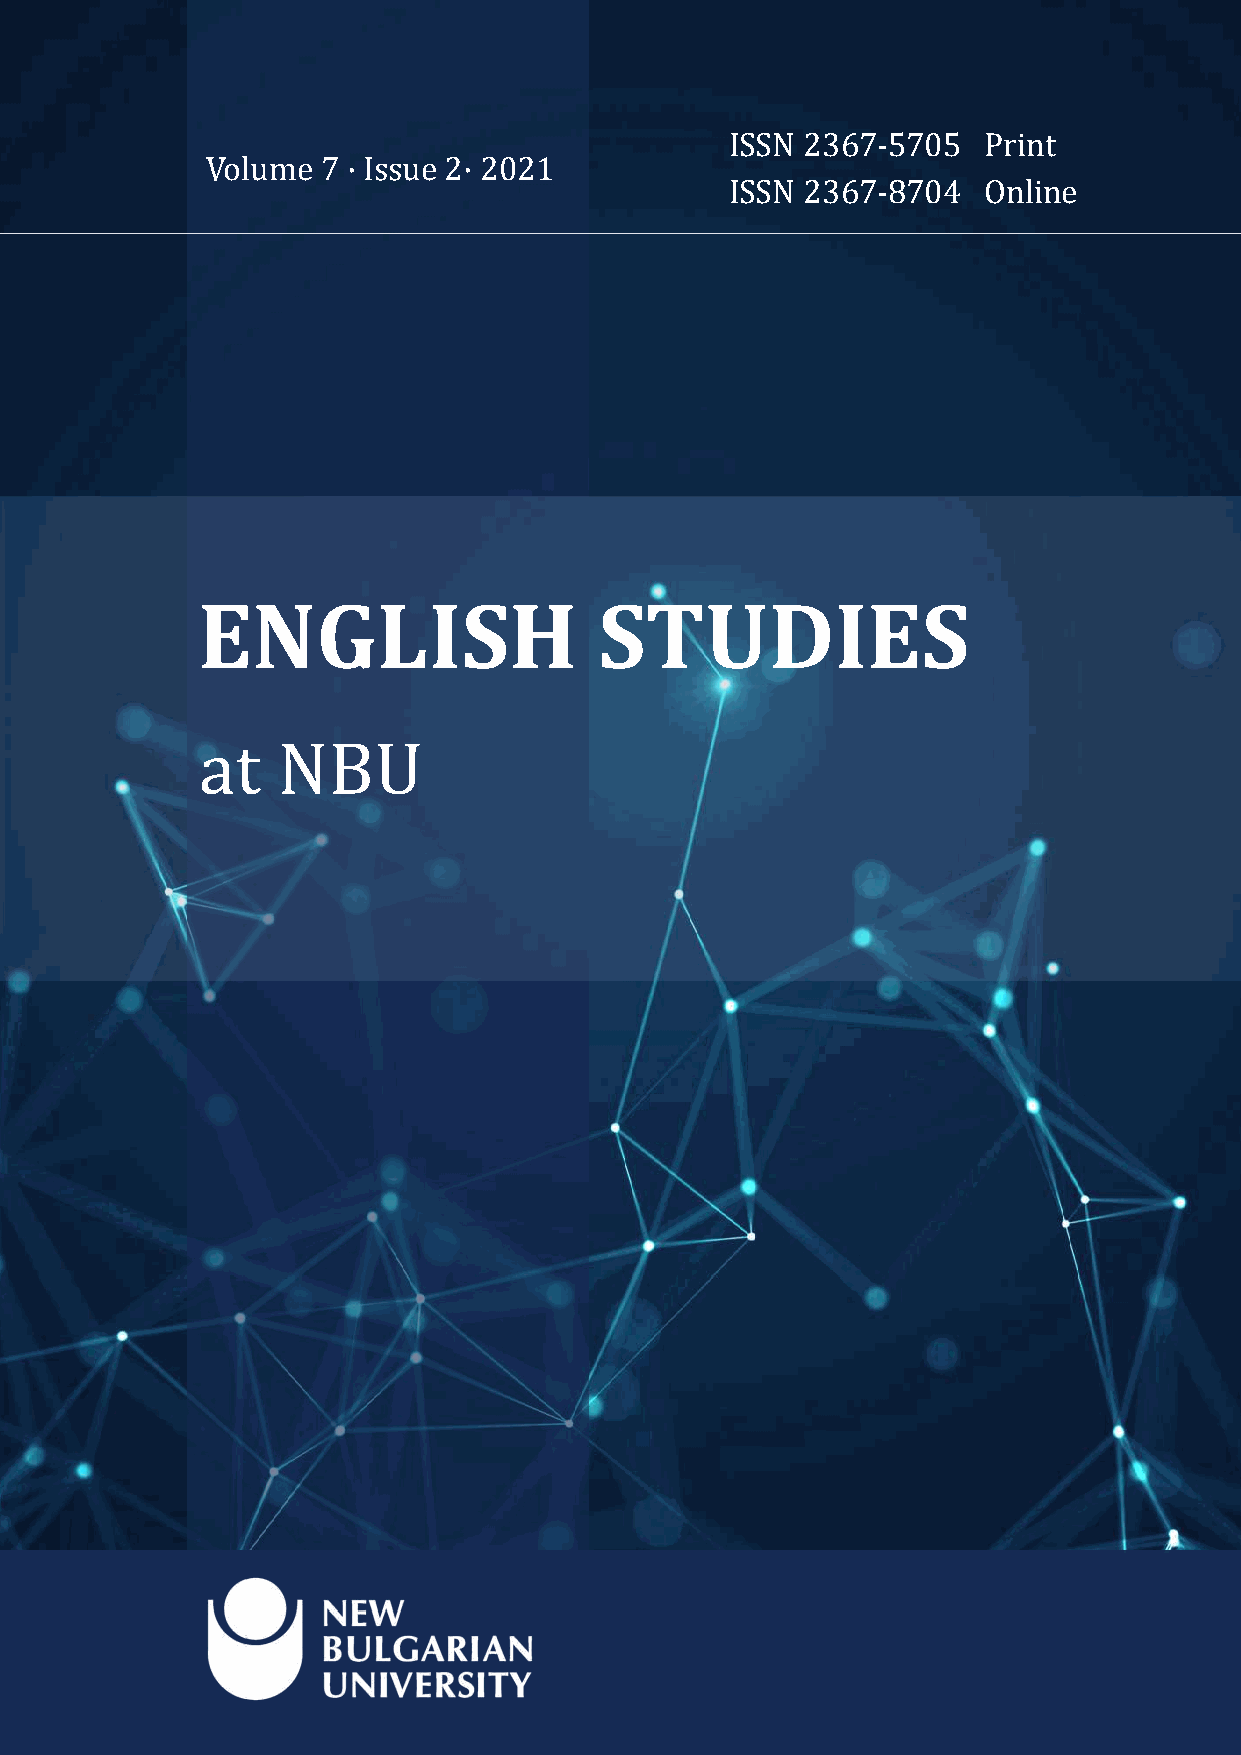
-
 -
 ISSN 2367  5705  Print
 Volume 7 · Issue 2· 2021
 ISSN 2367  8704  Online
 ENGLISH                    STUDIES
 at   NBU